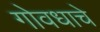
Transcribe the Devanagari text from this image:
गोवधाचे